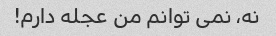
نه، نمی توانم من عجله دارم!